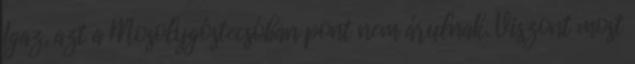
Igaz, azt a Mosolygóstecsóban pont nem árulnak. Viszont most